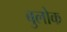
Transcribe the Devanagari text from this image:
बुलोक